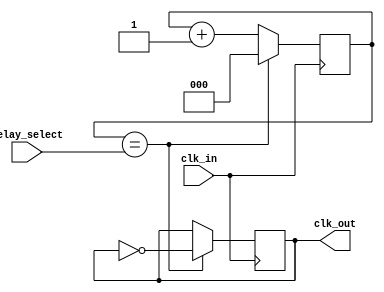
module delay_clock_buffer (
    input wire clk_in,           // Input clock signal
    input wire [2:0] delay_select, // Selects delay configuration
    output reg clk_out           // Output delayed clock signal
);

// Parameters for delay (in arbitrary units, adjust as needed)
localparam DELAY_0 = 0;    // No delay
localparam DELAY_1 = 1;    // 1 clock cycle delay
localparam DELAY_2 = 2;    // 2 clock cycle delay
localparam DELAY_3 = 3;    // 3 clock cycle delay
localparam DELAY_4 = 4;    // 4 clock cycle delay

// Internal signal for counting clock cycles
reg [2:0] counter;

// State machine to manage clock output based on delay
always @(posedge clk_in) begin
    // Reset counter based on delay_select
    if (counter == delay_select) begin
        clk_out <= ~clk_out; // Toggle the output clock
        counter <= 0; // Reset counter
    end else begin
        counter <= counter + 1'b1; // Increment counter
    end
end

// Initial conditions
initial begin
    clk_out = 1'b0;  // Start with clk_out low
    counter = 0;     // Initialize counter
end

endmodule